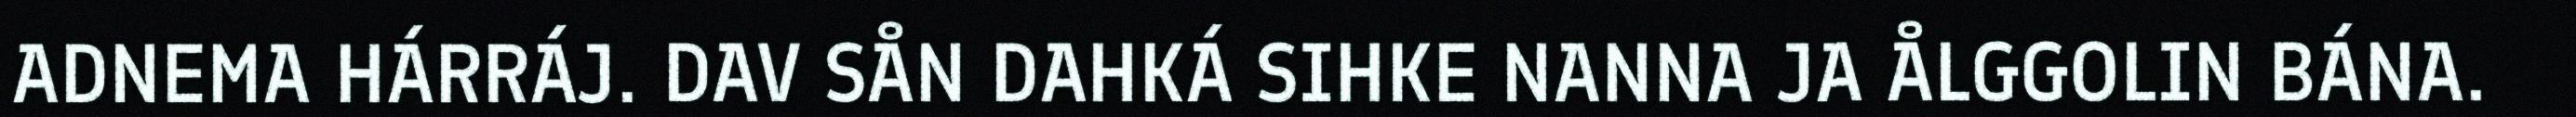
ADNEMA HÁRRÁJ. DAV SÅN DAHKÁ SIHKE NANNA JA ÅLGGOLIN BÁNA.